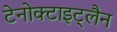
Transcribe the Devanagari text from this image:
टेनोक्टाइट्लैन